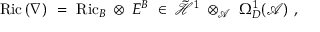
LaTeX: \mathrm { R i c } \, ( \nabla ) \ = \ \mathrm { R i c } _ { B } \; \otimes \; E ^ { B } \; \in \; \tilde { { \mathcal H } } ^ { 1 } \; \otimes _ { { \mathcal A } } \; \Omega _ { D } ^ { 1 } ( { \mathcal A } ) \ ,